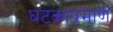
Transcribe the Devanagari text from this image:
घटकाप्रमाणे